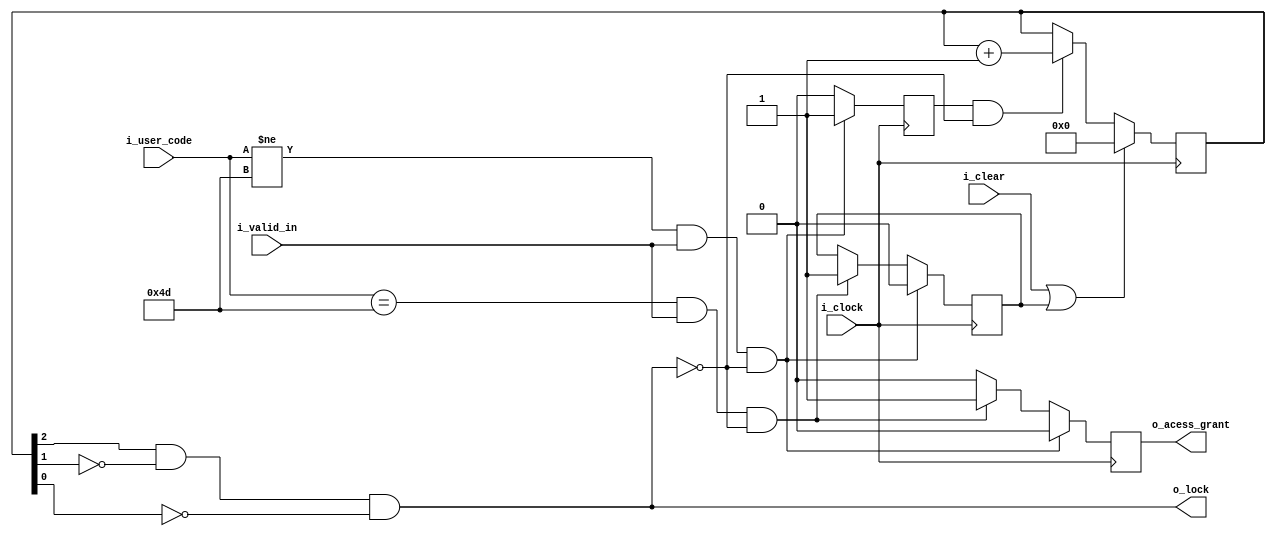
`timescale 1ns / 1ps
//////////////////////////////////////////////////////////////////////////////////
// Company: 
// Engineer: 
// 
// Design Name: 
// Module Name:    code_check 
// Project Name: 
// Target Devices: 
// Tool versions: 
// Description: 
//
// Dependencies: 
//
// Revision: 
// Revision 0.01 - File Created
// Additional Comments: 
//
//////////////////////////////////////////////////////////////////////////////////
module code_check(
    input       i_clock,
    input [7:0] i_user_code,
    input       i_clear,
    input       i_valid_in,
    output reg  o_lock,
    output reg  o_acess_grant
    );
	 reg       count ;
	 reg       clear ; 
	 reg [7:0] value  ;
/*Implmentation of Comparasion function */	 
always@(posedge i_clock)
   begin 
	     if(i_clear == 1) 
		  begin
		  o_acess_grant <= 0  ;
		  count <= 0 ;
		  end
		  
        if((i_user_code == 8'b01001101)&& i_valid_in && (!o_lock)) 
		  begin
		  o_acess_grant <= 1;
		  clear <= 1 ;
		  count <= 0 ;
		  end
		  else 
		  begin
		  count <= 0 ;
		  o_acess_grant<=0;
		  end
		 
		  if ((i_user_code!=8'b01001101)&& i_valid_in && (!o_lock))
		  begin
		  o_acess_grant <= 0 ; 
		  clear <= 0 ;
		  count <= 1 ;
		  end
   end 

/*implmentation of counter */ 
always@(posedge i_clock ) 
   begin 
	     if ((i_clear)|(clear==1)) 
		  value <= 8'b0 ;
		  else
        if( (count==1) && (!o_lock)) 
        value<= value + 8'b00000001 ; 
    end 
/*implmntation of o_lock*/
always@(*) 
   begin 
		o_lock = (value[2] & (!value[1]) & (!value[0]));
  	end
	  
endmodule